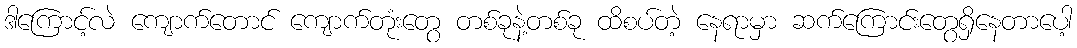
ဒါကြောင့်လဲ ကျောက်တောင် ကျောက်တုံးတွေ တစ်ခုနဲ့တစ်ခု ထိစပ်တဲ့ နေရာမှာ ဆက်ကြောင်းတွေရှိနေတာပေါ့